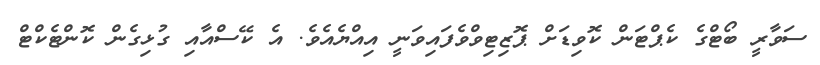
ސަވާރީ ބޯޓްގެ ކެޕްޓަން ކޮވިޑަށް ޕޮޒިޓިވްވެފައިވަނީ އިއްޔެއެވެ. އެ ކޭސްއާއި ގުޅިގެން ކޮންޓެކްޓް